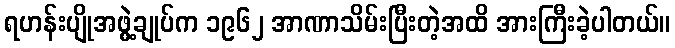
ရဟန်းပျိုအဖွဲ့ချုပ်က ၁၉၆၂ အာဏာသိမ်းပြီးတဲ့အထိ အားကြီးခဲ့ပါတယ်။